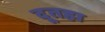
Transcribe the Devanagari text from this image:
दूतहा